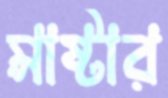
মাষ্টার